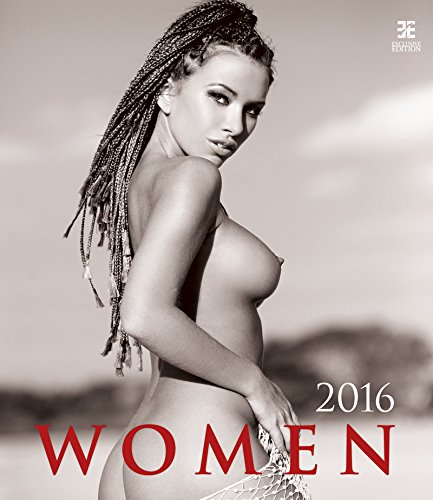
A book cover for Women Wall Calendar 2016 - Adult Calendar - Full Nude Calendar - Erotic Calendar - Poster Calendar - Adolf Zika Photography By Helma; MegaCalendars; Calendars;